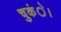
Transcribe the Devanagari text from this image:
चुकंे।